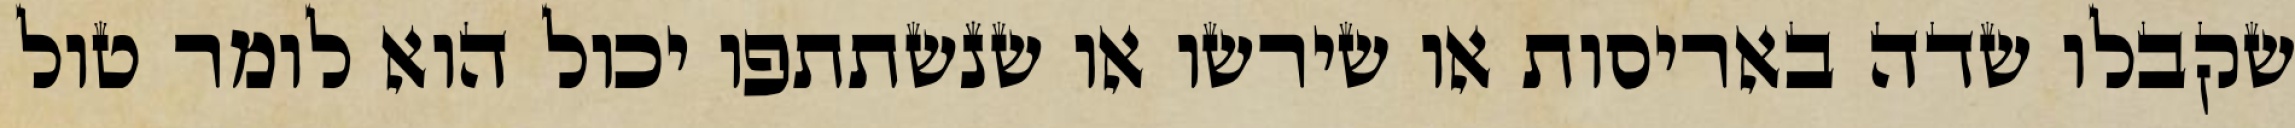
שקבלו שדה באריסות או שירשו או שנשתתפו יכול הוא לומר טול